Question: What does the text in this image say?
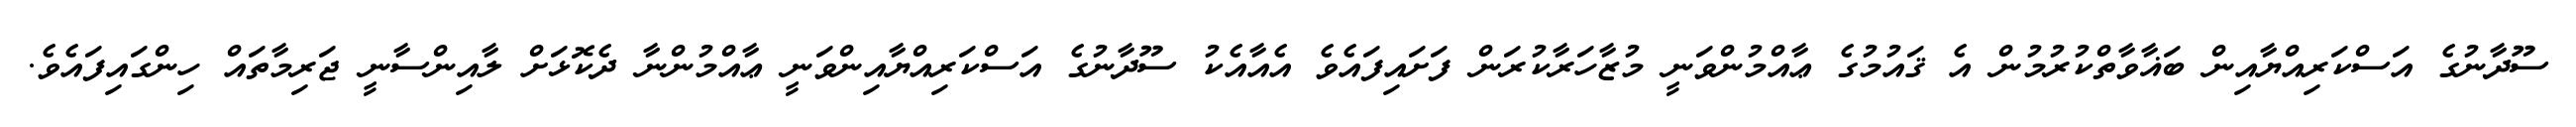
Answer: ސޫދާނުގެ އަސްކަރިއްޔާއިން ބަޣާވާތްކުރުމުން އެ ޤައުމުގެ ޢާއްމުންވަނީ މުޒާހަރާކުރަން ފަށައިފައެވެ އެއާއެކު ސޫދާނުގެ އަސްކަރިއްޔާއިންވަނީ ޢާއްމުންނާ ދެކޮޅަށް ލާއިންސާނީ ޖަރިމާތައް ހިންގައިފައެވެ.